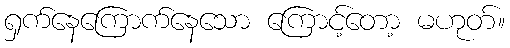
ရှက်နေကြောက်နေသော ကြောင့်တော့ မဟုတ်။